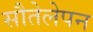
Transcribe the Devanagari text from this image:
सौतेलेपन